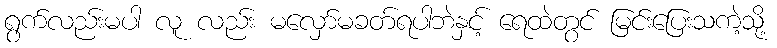
ရွက်လည်းမပါ လူ လည်း မလှော်မခတ်ရပါဘဲနှင့် ရေထဲတွင် မြင်းပြေးသကဲ့သို့